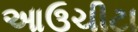
આઉચીટા